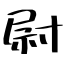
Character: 尉